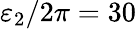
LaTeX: \varepsilon_{2}/2\pi=30